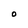
Character: O